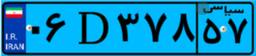
۱۰D۰۴۶۳۱